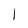
Character: 1